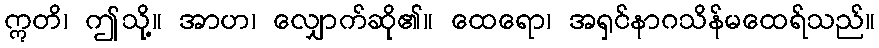
ဣတိ၊ ဤသို့။ အာဟ၊ လျှောက်ဆို၏။ ထေရော၊ အရှင်နာဂသိန်မထေရ်သည်။